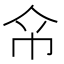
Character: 𢁰